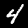
Digit: 4